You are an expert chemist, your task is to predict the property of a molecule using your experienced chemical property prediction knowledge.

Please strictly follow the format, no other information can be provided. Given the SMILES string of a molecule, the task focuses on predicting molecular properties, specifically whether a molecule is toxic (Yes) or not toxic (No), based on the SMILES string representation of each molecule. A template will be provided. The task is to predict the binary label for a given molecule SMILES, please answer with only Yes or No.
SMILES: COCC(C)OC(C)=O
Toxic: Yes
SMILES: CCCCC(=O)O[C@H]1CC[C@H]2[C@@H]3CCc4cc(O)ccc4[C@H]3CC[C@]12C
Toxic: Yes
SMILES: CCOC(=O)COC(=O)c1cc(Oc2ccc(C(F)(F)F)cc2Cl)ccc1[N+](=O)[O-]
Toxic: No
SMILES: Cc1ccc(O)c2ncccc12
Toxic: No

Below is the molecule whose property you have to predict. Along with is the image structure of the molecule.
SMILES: CCCC[N+]1(C)CCCCC1.O=S(=O)([N-]S(=O)(=O)C(F)(F)F)C(F)(F)F
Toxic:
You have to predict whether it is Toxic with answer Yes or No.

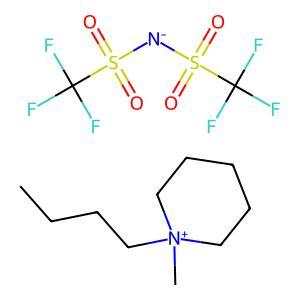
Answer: No